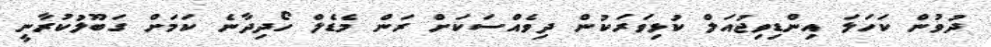
ދުވުން ކަހަލަ އިންޑިވިޖުއަލް ކުޅިވަރަކުން ދިވެއްސަކަށް ރަން މެޑެލް ހޯދިދާނެ ކަމަށް ގަބޫލުކުރާނީ